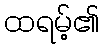
ထရမ့်၏